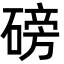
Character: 磅